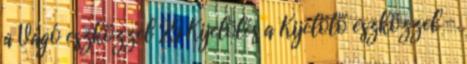
a Vágó eszközzel 25 Kijelölés a Kijelölő eszközzel -